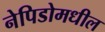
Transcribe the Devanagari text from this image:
नेपिडोमधील